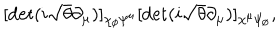
LaTeX: [ \det ( i \sqrt { \theta } \partial _ { \mu } ) ] _ { \chi _ { \scriptscriptstyle \emptyset } \psi ^ { \mu } } [ \det ( i \sqrt { \theta } \partial _ { \mu } ) ] _ { \chi ^ { \mu } \psi _ { \scriptscriptstyle \emptyset } } ,